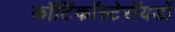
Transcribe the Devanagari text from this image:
कॉर्टिकॉस्टेरॉयडों